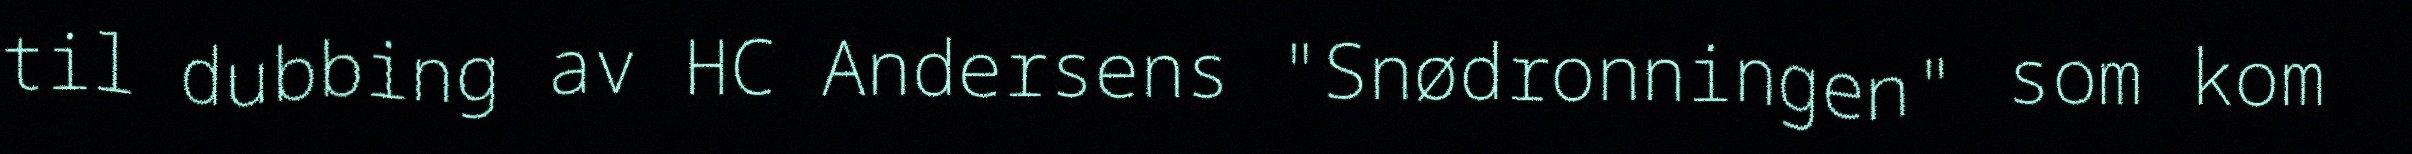
til dubbing av HC Andersens "Snødronningen" som kom